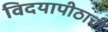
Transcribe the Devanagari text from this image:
विदयापीठाची